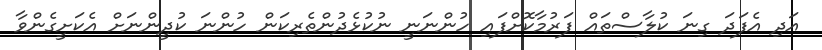
އަދި އެފަދަ ގިނަ ކުލާސްތައް ފަރުމާކޮށްފައި ހުންނަނީ ނުކުޅެދުންތެރިކަން ހުންނަ ކުދީންނަށް އެކަށީގެންވާ